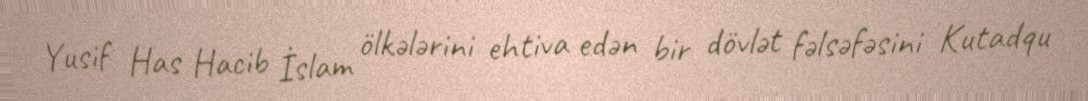
Yusif Has Hacib İslam ölkələrini ehtiva edən bir dövlət fəlsəfəsini Kutadqu